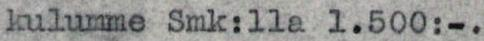
kulumme Smk:lla 1.500:-.